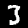
Digit: 3